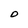
Character: O